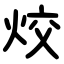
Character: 烄